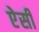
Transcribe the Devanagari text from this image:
ऐेसी